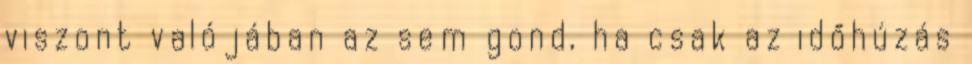
viszont valójában az sem gond, ha csak az időhúzás